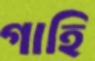
গাহি